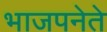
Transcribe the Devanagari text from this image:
भाजपनेते